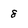
Character: 8